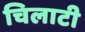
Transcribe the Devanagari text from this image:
चिलाटी